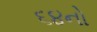
૬૪નો